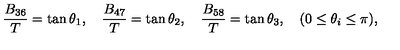
\frac { B _ { 3 6 } } { T } = \tan \theta _ { 1 } , \quad \frac { B _ { 4 7 } } { T } = \tan \theta _ { 2 } , \quad \frac { B _ { 5 8 } } { T } = \tan \theta _ { 3 } , \quad ( 0 \leq \theta _ { i } \leq \pi ) ,